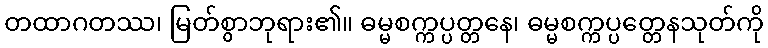
တထာဂတဿ၊ မြတ်စွာဘုရား၏။ ဓမ္မစက္ကပ္ပတ္တနေ၊ ဓမ္မစက္ကပ္ပတ္တေနသုတ်ကို